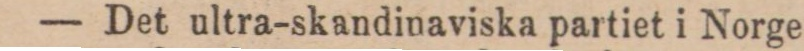
— Det ultra-skandinaviska partiet i Norge